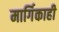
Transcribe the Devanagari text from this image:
मार्गिकाही